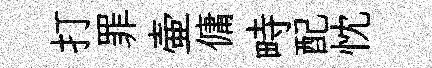
打罪壷傭畤配忱